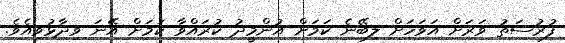
ފުރުސަތު ވަރަށް އަވަހަށް ލިބޭނެ ކަމަށް އުންމީދު ކުރައްވާ ކަމަށް އޭނަ ވިދާޅުވިއެވެ.